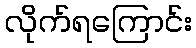
လိုက်ရကြောင်း